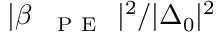
| \beta _ { \mathrm { ~ \textsc ~ { ~ P ~ E ~ } ~ } } | ^ { 2 } / | \Delta _ { 0 } | ^ { 2 }